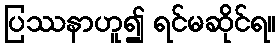
ပြဿနာဟူ၍ ရင်မဆိုင်ရ။